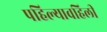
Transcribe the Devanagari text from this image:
पहिल्यावहिली